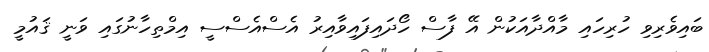
ބައިވެރިވި ހުރިހައި މާއްދާއަކުން އޭ ފާސް ހޯދައިފައިވާއިރު އެސްއެސްސީ އިމްތިހާނުގައި ވަނީ ޤައުމީ